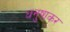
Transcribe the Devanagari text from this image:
धनुषाकर